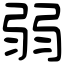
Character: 弱